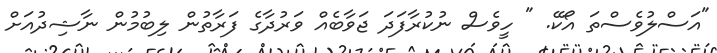
"އަސްލުވެސްތަ އޯކޭ. " ހީވެސް ނުކުރާފަދަ ޖަވާބެއް ވަރުދާގެ ފަރާތުން ލިބުމުން ނާޝިދުއަށް